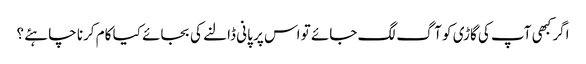
اگر کبھی آپ کی گاڑی کو آگ لگ جائے تو اس پر پانی ڈالنے کی بجائے کیا کام کرنا چاہئے ؟